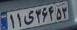
۱۱ی۳۶۴۵۳